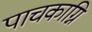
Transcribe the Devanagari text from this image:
पाचकाग्नि